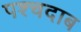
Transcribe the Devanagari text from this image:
पश्चदाब